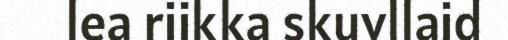
lea riikka skuvllaid